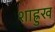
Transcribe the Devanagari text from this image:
शाह्रुख